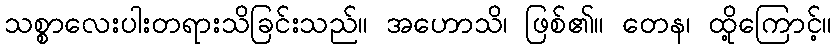
သစ္စာလေးပါးတရားသိခြင်းသည်။ အဟောသိ၊ ဖြစ်၏။ တေန၊ ထို့ကြောင့်။